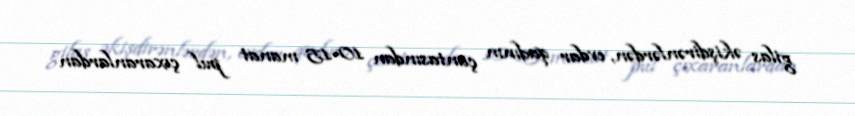
gilas əkişdirənlərdən, evdar qadının çantasından 10-15 manat pul çıxaranlardan